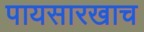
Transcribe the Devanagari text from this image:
पायसारखाच